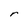
Character: r